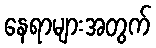
နေရာများအတွက်